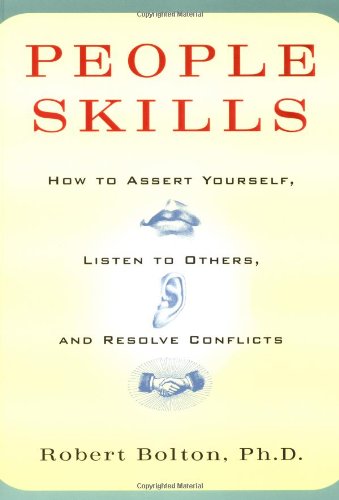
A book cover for People Skills: How to Assert Yourself, Listen to Others, and Resolve Conflicts; Robert Bolton; Self-Help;